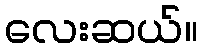
လေးဆယ်။